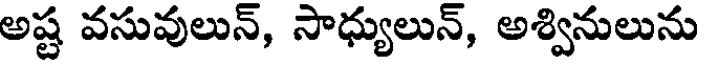
అష్ట వసువులున్, సాధ్యులున్, అశ్వినులును